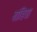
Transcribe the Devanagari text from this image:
बांडिया